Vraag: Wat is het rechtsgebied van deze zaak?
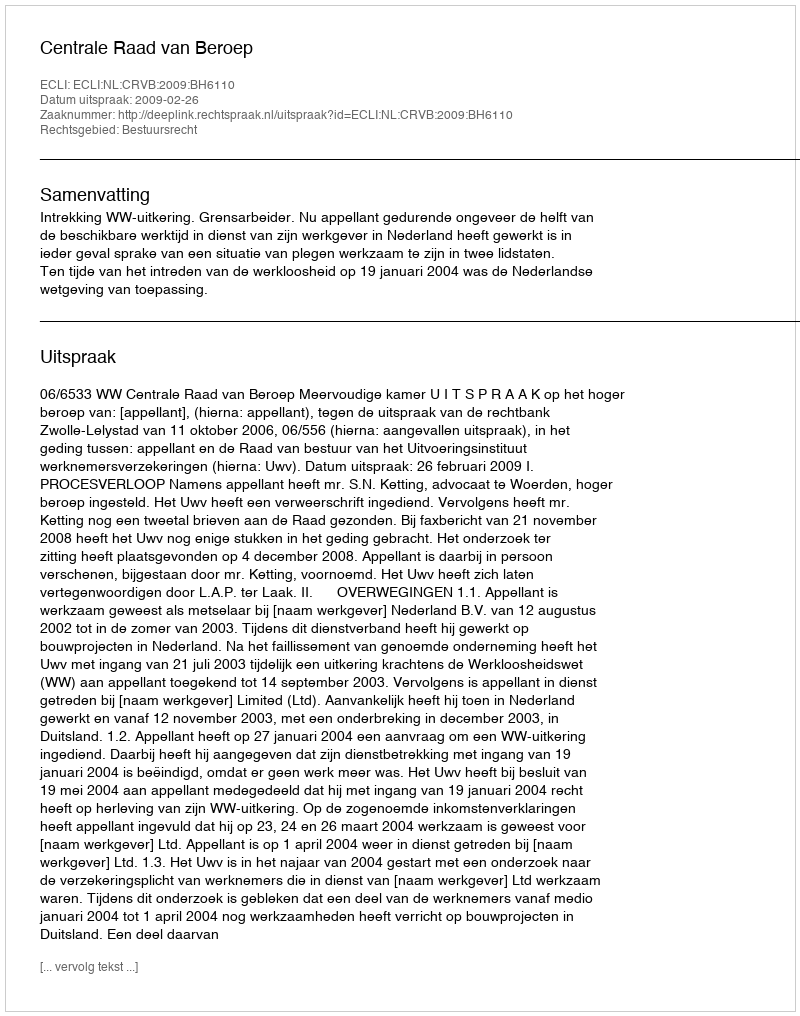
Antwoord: Bestuursrecht